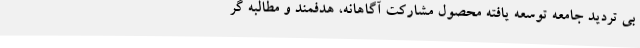
بی تردید جامعه توسعه یافته محصول مشارکت آگاهانه، هدفمند و مطالبه گر